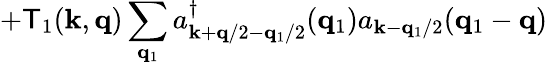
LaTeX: +\mathsf{T}_{1}({\mathbf{{k}}},{\mathbf{{q}}})\sum_{{\mathbf{{q}}}_{1}}a_{{\mathbf{{k}}}+{\mathbf{{q}}}/2-{\mathbf{{q}}}_{1}/2}^{\dagger}({\mathbf{{q}}}_{1})a_{{\mathbf{{k}}}-{\mathbf{{q}}}_{1}/2}({\mathbf{{q}}}_{1}-{\mathbf{{q}}})